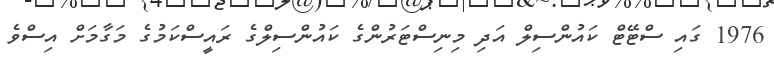
1976 ގައި ސްޓޭޓް ކައުންސިލް އަދި މިނިސްޓަރުންގެ ކައުންސިލްގެ ރައީސްކަމުގެ މަގާމަށް އިސްވެ